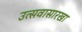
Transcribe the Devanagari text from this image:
उत्सवासारखा